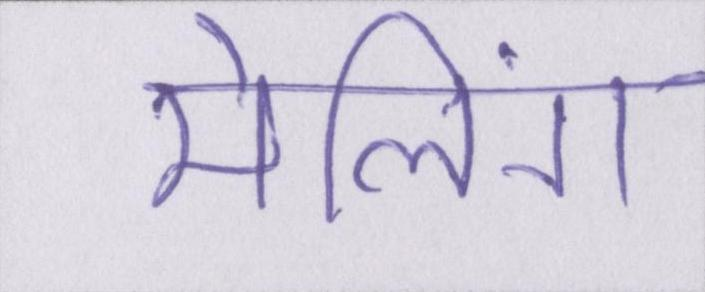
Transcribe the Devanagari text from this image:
मेलिंग